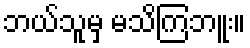
ဘယ်သူမှ မသိကြဘူး။